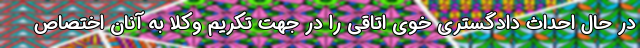
در حال احداث دادگستری خوی اتاقی را در جهت تکریم وکلا به آنان اختصاص